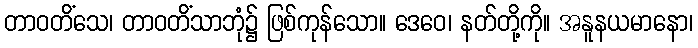
တာဝတိံသေ၊ တာဝတိံသာဘုံ၌ ဖြစ်ကုန်သော။ ဒေဝေ၊ နတ်တို့ကို။ အနူနယမာနော၊